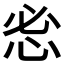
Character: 𰑒